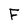
Character: F